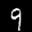
Label: 9